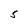
Character: S